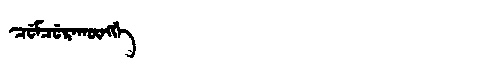
Manchu: ᠴᡠᠮᠴᡠᡵᠠᡴᡡᠩᡤᡝ
Romanization: CUMCURAKŪNGGE